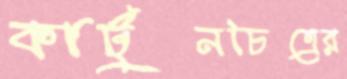
কার্টুনচিত্রের